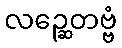
လဉ္ဆေတဗ္ဗံ